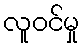
လူဝင်မှု